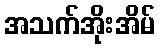
အသက်အိုးအိမ်